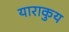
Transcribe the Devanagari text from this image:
याराकुय